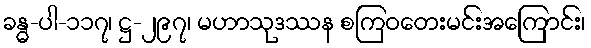
ခန္ဓ-ပါ-၁၁၇၊ ဋ္ဌ-၂၉၇၊ မဟာသုဒဿန စကြဝတေးမင်းအကြောင်း၊